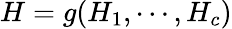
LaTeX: H=g(H_{1},\cdots,H_{c})